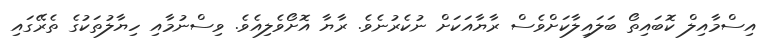
އިސްމާއިލް ކޮބައިތޯ ބަލައިލާކަށްވެސް ރާޔާއަކަށް ނުކެރުނެވެ. ރާޔާ އޮށޯވެލިއެވެ. ވިސްނުމާއި ހިޔާލުތަކުގެ ތެރޭގައި